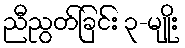
ညီညွတ်ခြင်း ၃-မျိုး